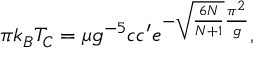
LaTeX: \pi k _ { B } T _ { C } = \mu g ^ { - 5 } c c ^ { \prime } e ^ { - \sqrt { { \frac { 6 N } { N + 1 } } } { \frac { \pi ^ { 2 } } { g } } } ,